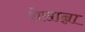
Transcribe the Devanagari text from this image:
रोसान्ना